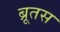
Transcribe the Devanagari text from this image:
ब्रूतस